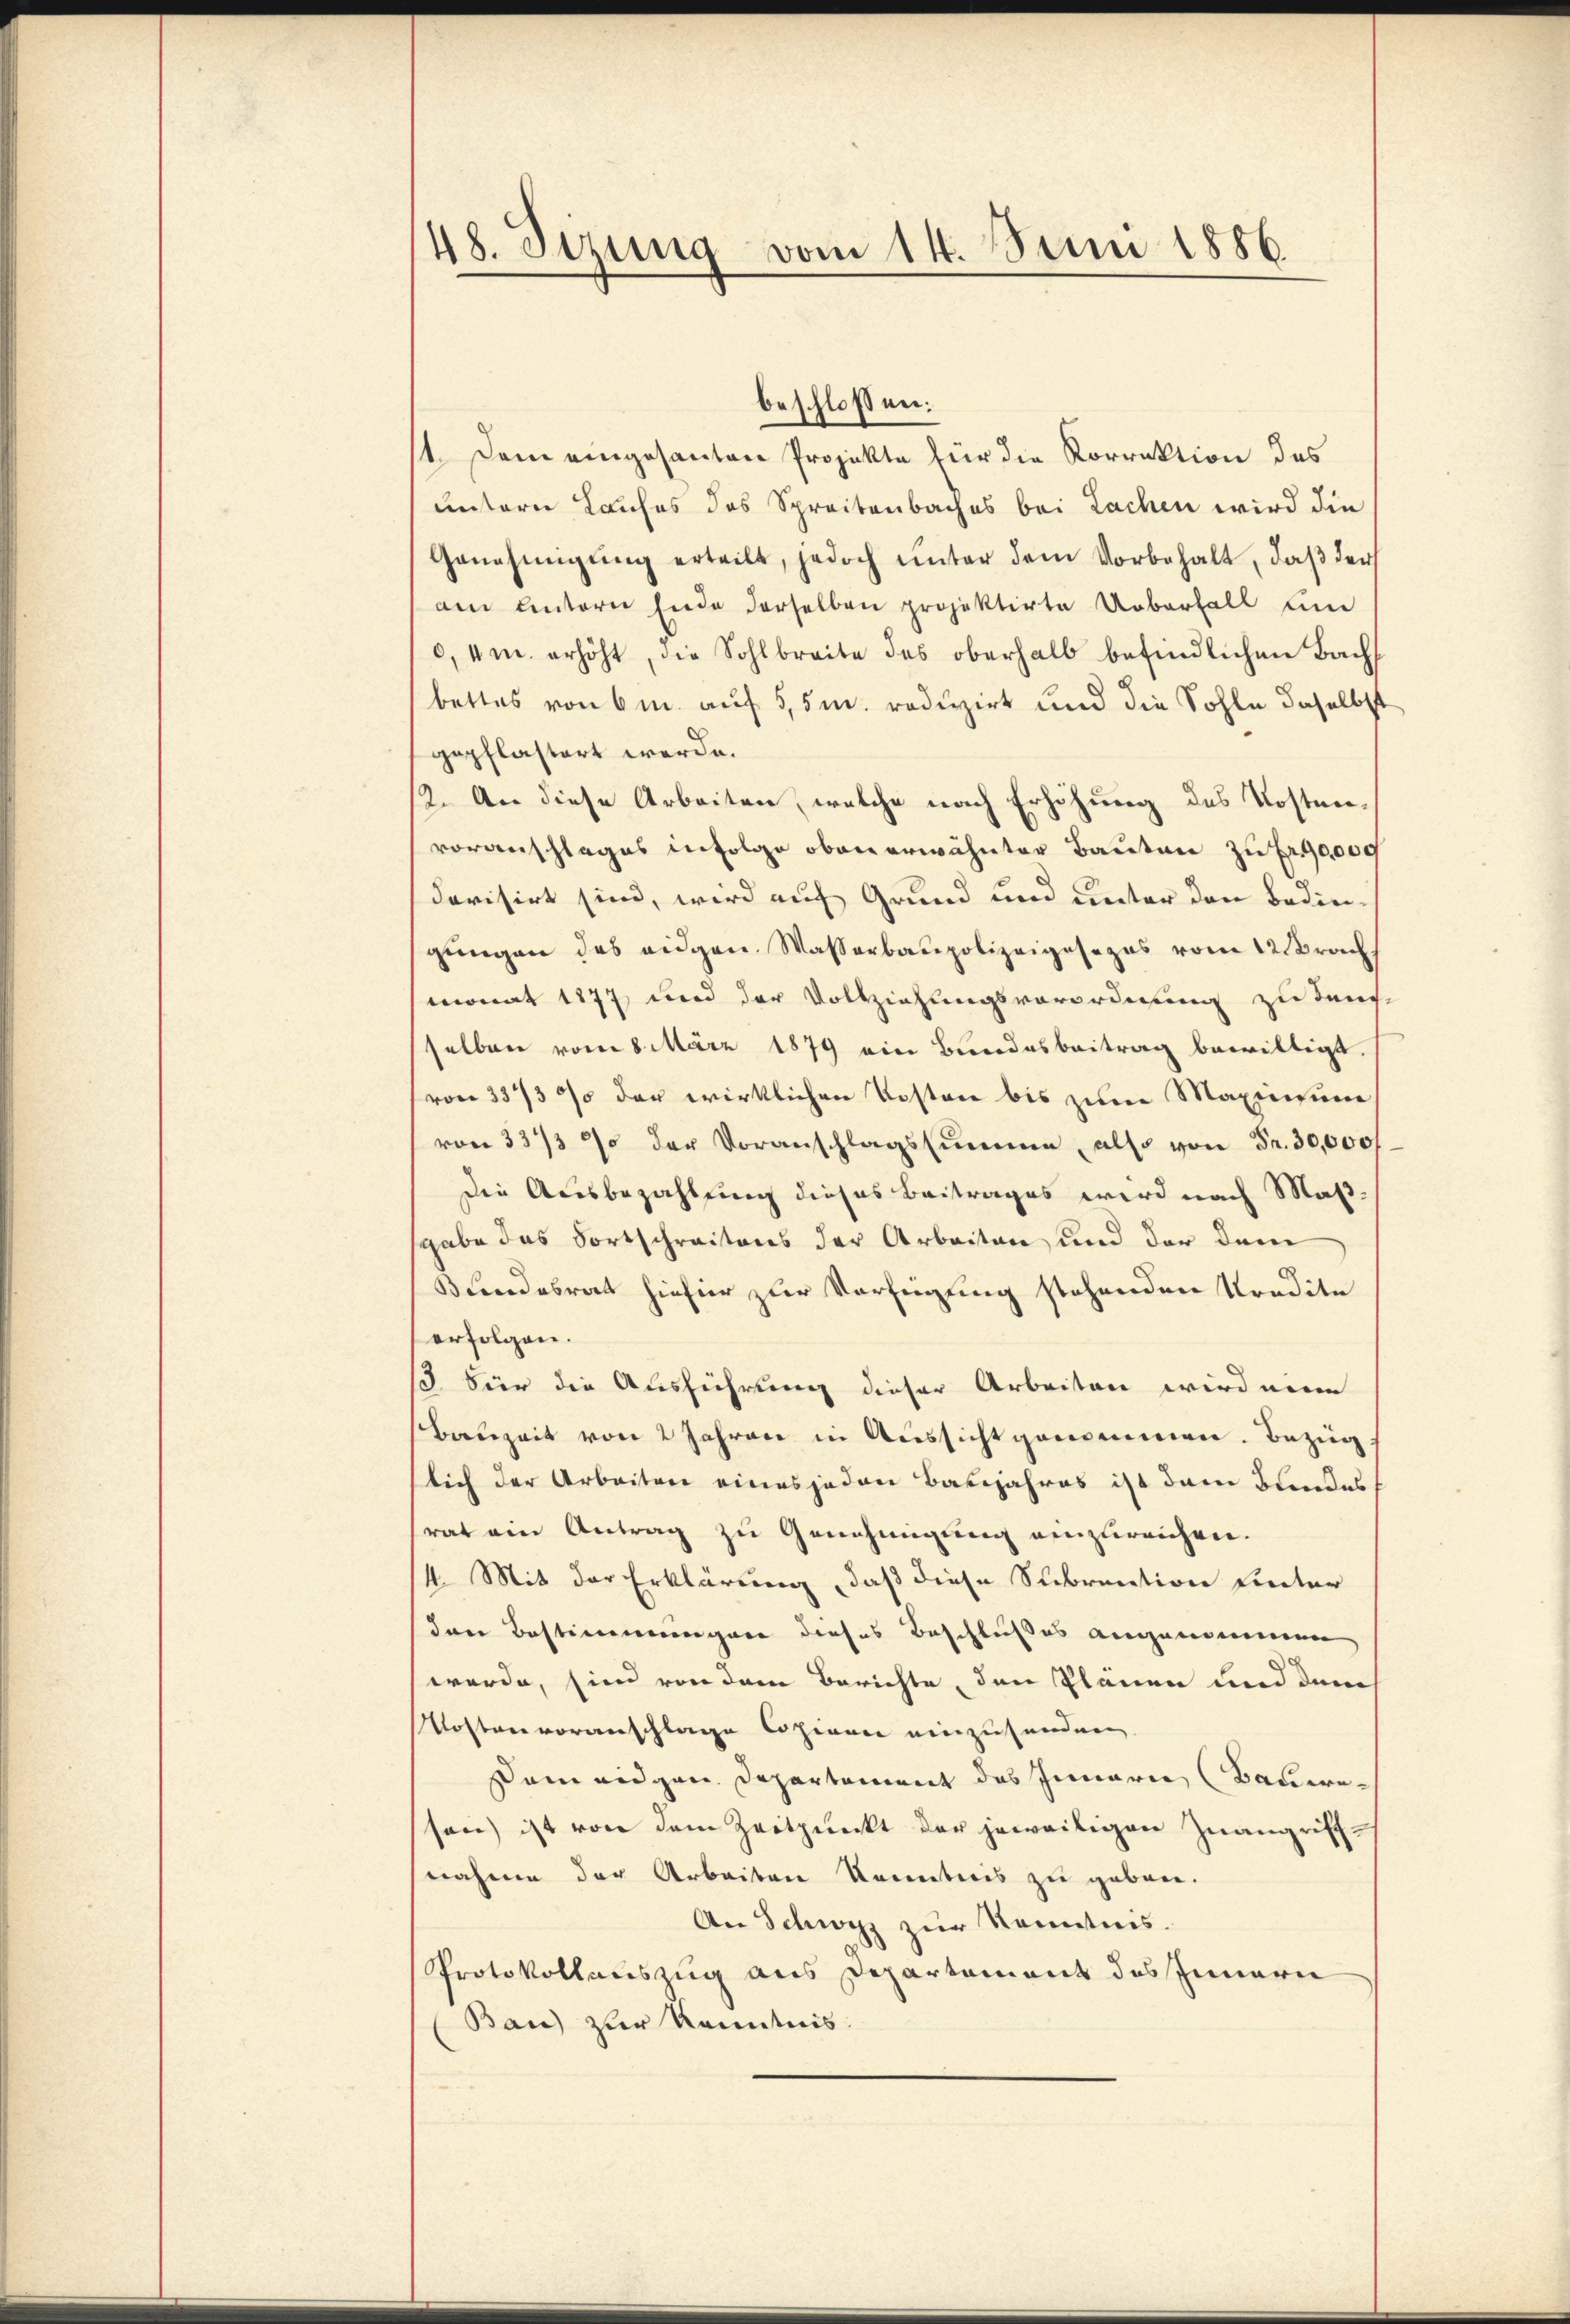
48. Sizung vom 14. Juni 1886.

st. Dem eingesanten Projekte für die Korrektion des
untern Laufes des Spreitenbaches bei Lachen wird die
Genehmigŭng erteilt, jedoch ŭnter dem Vorbehalt, daβ der
am untern Ende derselben projektirte Ueberfall um
0,4m. erhöht, die Sohlbreite des oberhalb befindlichen Bach
bettes von 6 m. auf 5,5m. reduzirt und die Sohle daselbst
gepflastert werde.
12. An diese Arbeiten, welche nach Erhöhung des Kostenvoranschlages infolge oben erwähnter Bauten zu Fr. 90,000
devisirt sind, wird auf Grund und unter den Bedingŭngen des eidgen. Wasserbaupolizeigesezes vom 12. Brach
monat 1877 und der Vollziehungsverordnung zu durch
selben vom 8. März 1879 ein Bundesbeitrag bewilligt.
von 33/3 % der wirklichen Kosten bis zum Maximum
von 33/3 % der Voranschlagssumme, also von Fr. 30,000
Die Ausbezahlung dieses Beitrages wird nach Maß-
sgabe das Fortschreitens der Arbeiten und der dem
Bundesrat hiefür zur Verfügung stehenden Kredite
erfolgen.
d Für die Ausführung dieser Arbeiten wird eine
Bauzeit von 2 Jahren in Aussicht genommen. Bezug
slich der Arbeiten eines jeden Basjahres ist dem Bundes
rat ein Antrag zu Genehmigung einzureichen.
4. Mit der Erklärung, daß diese Subrention hinter
den Bestimmungen dieses Beschlußes angenommen,
werde, sind von dem Berichte, den Plänen und dem
Kostenvoranschlage Copinne einzusenden
sam eidgen. Departement des Innern Bauwesen) ist von dem Zeitpunkt der jeweiligen Zuangriffnahme der Arbeiten Kenntnis zu geben.
An Schwyz zur Kenntnis.
Protokollauszug aus Departement des Innern
Bau) zur Kenntnis.

beschloßen: